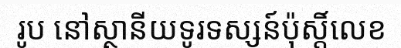
រូប នៅស្ថានីយទូរទស្សន៍ប៉ុស្តិ៍លេខ